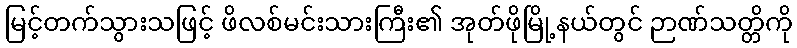
မြင့်တက်သွားသဖြင့် ဖိလစ်မင်းသားကြီး၏ အုတ်ဖိုမြို့နယ်တွင် ဉာဏ်သတ္တိကို